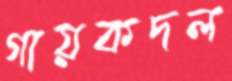
গায়কদল